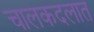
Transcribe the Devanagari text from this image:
चालकदलात